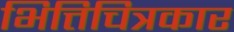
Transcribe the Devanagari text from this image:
भित्तिचित्रकार